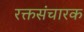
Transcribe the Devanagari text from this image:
रक्तसंचारक